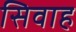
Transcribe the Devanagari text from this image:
सिवाह